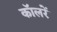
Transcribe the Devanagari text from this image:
कॉलरें